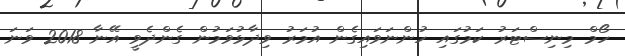
ހޯމް މިނިސްޓަރު ކަމުގައި ހުންނަވައިގެން އުމަރު ވިދާޅުވަމުން ގެންދެވީ އޭނާ 2018 ވަނަ